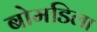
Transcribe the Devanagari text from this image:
बोमडिला